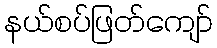
နယ်စပ်ဖြတ်ကျော်